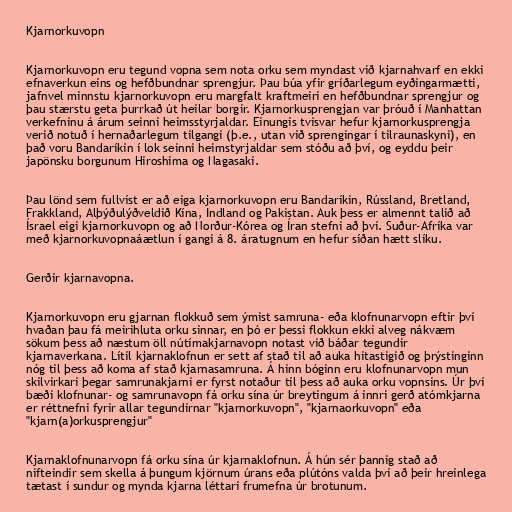
Kjarnorkuvopn

Kjarnorkuvopn eru tegund vopna sem nota orku sem myndast við kjarnahvarf en ekki
efnaverkun eins og hefðbundnar sprengjur. Þau búa yfir gríðarlegum eyðingarmætti,
jafnvel minnstu kjarnorkuvopn eru margfalt kraftmeiri en hefðbundnar sprengjur og
þau stærstu geta þurrkað út heilar borgir. Kjarnorkusprengjan var þróuð í Manhattan
verkefninu á árum seinni heimsstyrjaldar. Einungis tvisvar hefur kjarnorkusprengja
verið notuð í hernaðarlegum tilgangi (þ.e., utan við sprengingar í tilraunaskyni), en
það voru Bandaríkin í lok seinni heimstyrjaldar sem stóðu að því, og eyddu þeir
japönsku borgunum Hiroshima og Nagasaki.

Þau lönd sem fullvíst er að eiga kjarnorkuvopn eru Bandaríkin, Rússland, Bretland,
Frakkland, Alþýðulýðveldið Kína, Indland og Pakistan. Auk þess er almennt talið að
Ísrael eigi kjarnorkuvopn og að Norður-Kórea og Íran stefni að því. Suður-Afríka var
með kjarnorkuvopnaáætlun í gangi á 8. áratugnum en hefur síðan hætt slíku.

Gerðir kjarnavopna.

Kjarnorkuvopn eru gjarnan flokkuð sem ýmist samruna- eða klofnunarvopn eftir því
hvaðan þau fá meirihluta orku sinnar, en þó er þessi flokkun ekki alveg nákvæm
sökum þess að næstum öll nútímakjarnavopn notast við báðar tegundir
kjarnaverkana. Lítil kjarnaklofnun er sett af stað til að auka hitastigið og þrýstinginn
nóg til þess að koma af stað kjarnasamruna. Á hinn bóginn eru klofnunarvopn mun
skilvirkari þegar samrunakjarni er fyrst notaður til þess að auka orku vopnsins. Úr því
bæði klofnunar- og samrunavopn fá orku sína úr breytingum á innri gerð atómkjarna
er réttnefni fyrir allar tegundirnar "kjarnorkuvopn", "kjarnaorkuvopn" eða
"kjarn(a)orkusprengjur"

Kjarnaklofnunarvopn fá orku sína úr kjarnaklofnun. Á hún sér þannig stað að
nifteindir sem skella á þungum kjörnum úrans eða plútóns valda því að þeir hreinlega
tætast í sundur og mynda kjarna léttari frumefna úr brotunum.